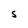
Character: S